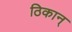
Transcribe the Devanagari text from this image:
ठिकान्